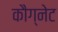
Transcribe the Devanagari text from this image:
कौग्नेट